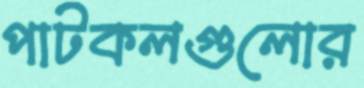
পাটকলগুলোর